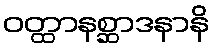
ဝတ္ထာနစ္ဆာဒနာနိ